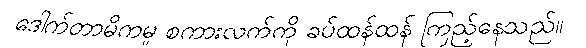
ဒေါက်တာမိကမူ စကားလက်ကို ခပ်ထန်ထန် ကြည့်နေသည်။